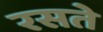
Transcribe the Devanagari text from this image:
रसते